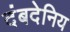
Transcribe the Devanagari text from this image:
दंबदेनिय